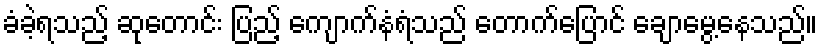
ခံခဲ့ရသည့် ဆုတောင်း ပြည့် ကျောက်နံရံသည် တောက်ပြောင် ချောမွေ့နေသည်။